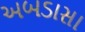
અબડાસા